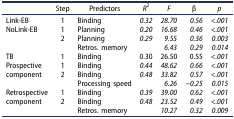
|  | Step | Predictors | R2 | F | β | p |
 | --- | --- | --- | --- | --- | --- | --- |
 | Link-EB | 1 | Binding | 0.32 | 28.70 | 0.56 | <.001 |
 | NoLink-EB | 1 | Planning | 0.20 | 16.68 | 0.46 | <.001 |
 |  | 2 | Planning | 0.29 | 9.55 | 0.36 | 0.003 |
 |  |  | Retros. memory |  | 6.43 | 0.29 | 0.014 |
 | TB | 1 | Binding | 0.30 | 26.50 | 0.55 | <.001 |
 | Prospective | 1 | Binding | 0.44 | 48.62 | 0.66 | <.001 |
 | component | 2 | Binding | 0.48 | 33.82 | 0.57 | <.001 |
 |  |  | Processing speed |  | 6.26 | −0.25 | 0.015 |
 | Retrospective | 1 | Binding | 0.39 | 39.00 | 0.62 | <.001 |
 | component | 2 | Binding | 0.48 | 23.52 | 0.49 | <.001 |
 |  |  | Retros. memory |  | 10.27 | 0.32 | 0.009 |